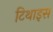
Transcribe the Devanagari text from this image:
टिथाइस